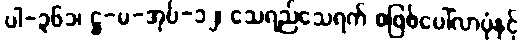
ပါ-၃၆၁၊ ဋ္ဌ-မ-အုပ်-၁၂၊ သေရည်သေရက် စဖြစ်ပေါ်လာပုံနှင့်